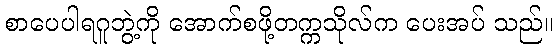
စာပေပါရဂူဘွဲ့ကို အောက်စဖို့တက္ကသိုလ်က ပေးအပ် သည်။